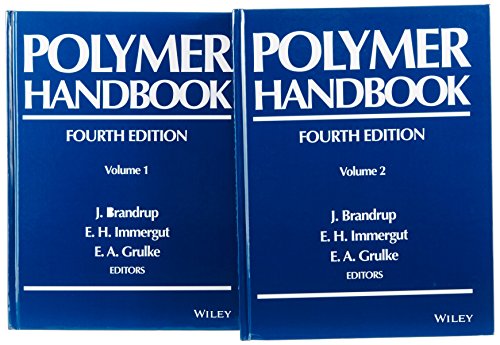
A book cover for Polymer Handbook, 2 Volumes Set; Science & Math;